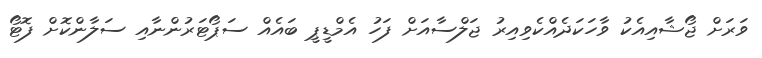
ވަރަށް ޖޯޝާއިއެކު ވާހަކަދެއްކެވިއިރު ޖަލްސާއަށް ފަހު އެމްޑީޕީ ބައެއް ސަޕޯޓަރުންނާއި ސަލާންކޮށް ފޮޓޯ